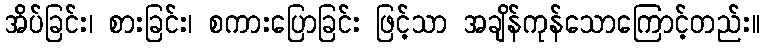
အိပ်ခြင်း၊ စားခြင်း၊ စကားပြောခြင်း ဖြင့်သာ အချိန်ကုန်သောကြောင့်တည်း။